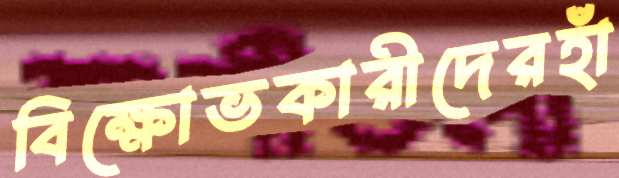
বিক্ষোভকারীদেরহাঁ